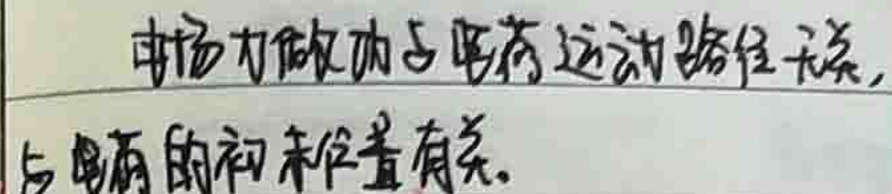
电场力做功与电荷运动路径无关，与电荷的初末位置有关。